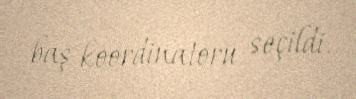
baş koordinatoru seçildi.